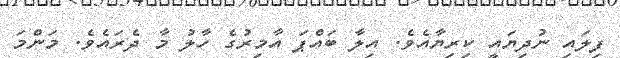
ފިލައި ނުދިޔައީ ކިރިޔާއެވެ. އިލާ ބައްޕަ އާމިރުގެ ހާލު މާ ދެރައެވެ. މަންމަ